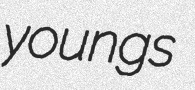
youngs